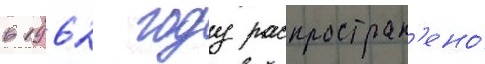
в 1962 году распростран'ено́